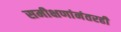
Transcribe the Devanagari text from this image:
समीक्षणांनंतरही